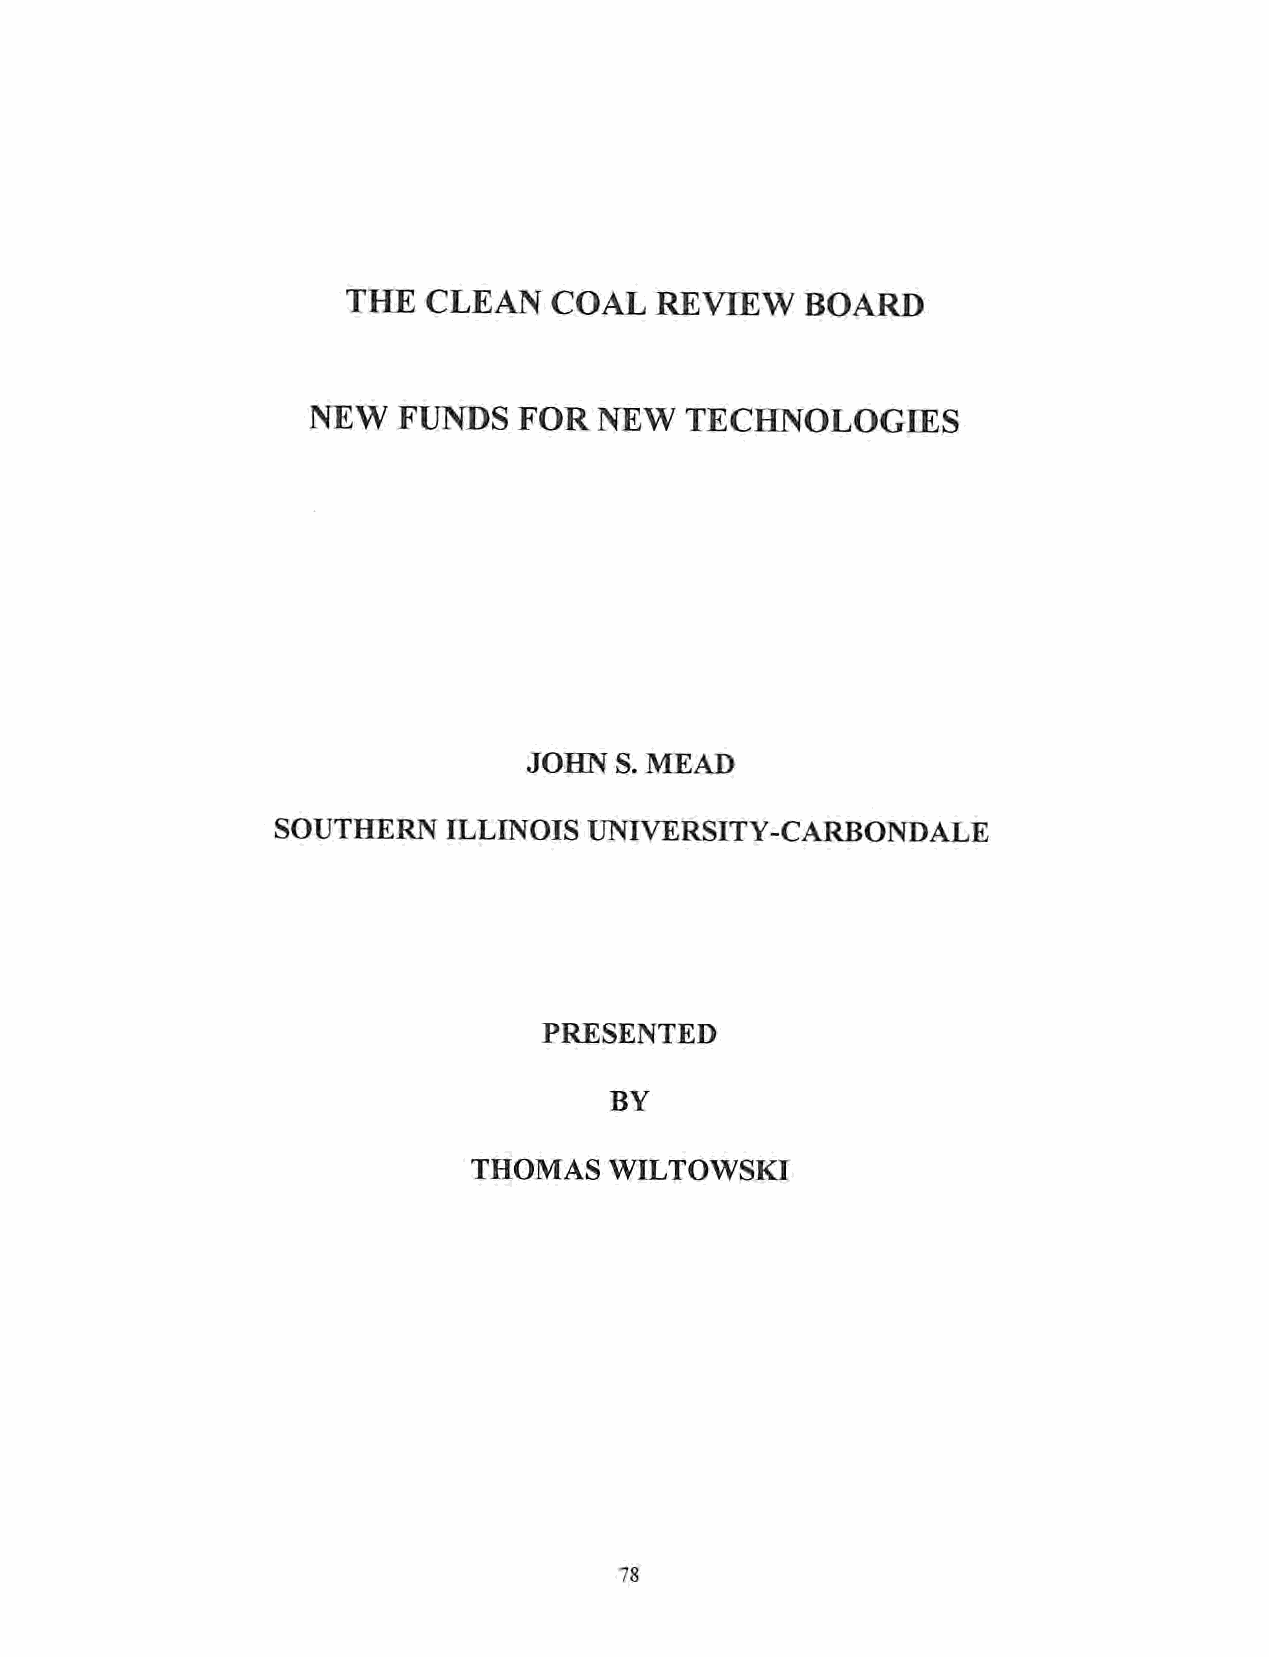
THE  CLEAN   COAL   REVIEW    BOARD
 NEW  FUNDS   FOR   NEW  TECHNOLOGIES
 JOHN  S. MEAD
 SOUTHERN    ILLINOIS UNIVERSITY-CARBONDALE
 PRESENTED
 BY
 THOMAS   WILTOWSKI
 78